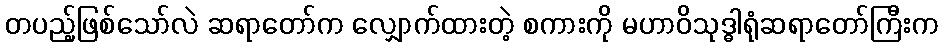
တပည့်ဖြစ်သော်လဲ ဆရာတော်က လျှောက်ထားတဲ့ စကားကို မဟာဝိသုဒ္ဓါရုံဆရာတော်ကြီးက